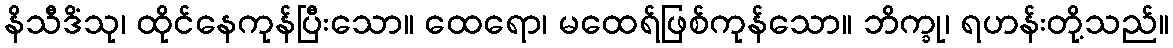
နိသီဒိံသု၊ ထိုင်နေကုန်ပြီးသော။ ထေရော၊ မထေရ်ဖြစ်ကုန်သော။ ဘိက္ခု၊ ရဟန်းတို့သည်။